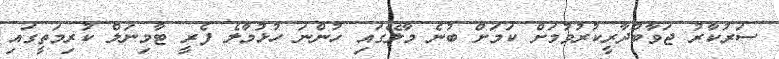
ސަރުކާރު ޖަވާބުދާރީކުރުވުމަށް ކަމަށް ބުނެ މާލޭގައި ހުންނަ ހުޅުމާލެ ފެރީ ޓާމިނަލް ކުރިމަތީގައި